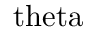
\mathrm { \ t h e t a }